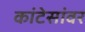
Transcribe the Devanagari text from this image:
कांटेसांवर